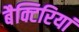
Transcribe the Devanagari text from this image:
बैक्टिरियां